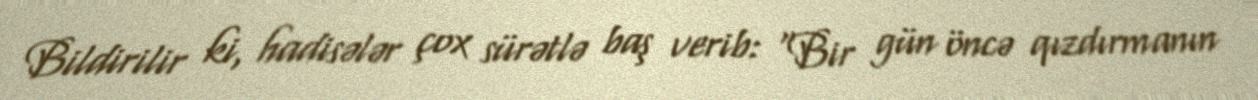
Bildirilir ki, hadisələr çox sürətlə baş verib: “Bir gün öncə qızdırmanın